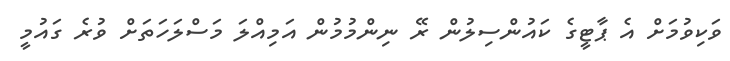
ވަކިވުމަށް އެ ޕާޓީގެ ކައުންސިލުން ރޭ ނިންމުމުން އަމިއްލަ މަސްލަހަތަށް ވުރެ ގައުމީ